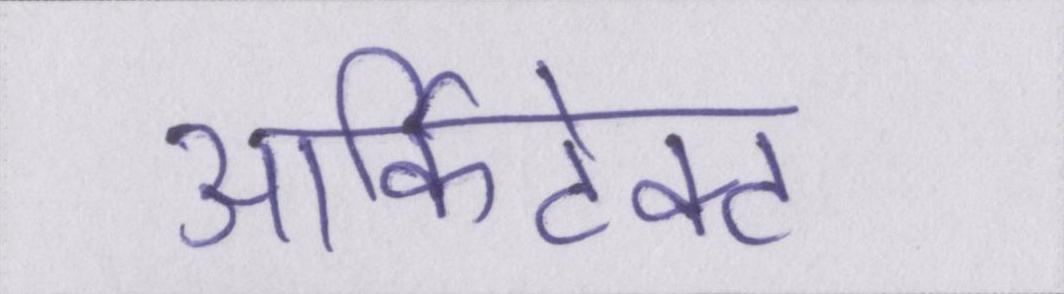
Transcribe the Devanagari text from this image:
आर्किटेक्ट